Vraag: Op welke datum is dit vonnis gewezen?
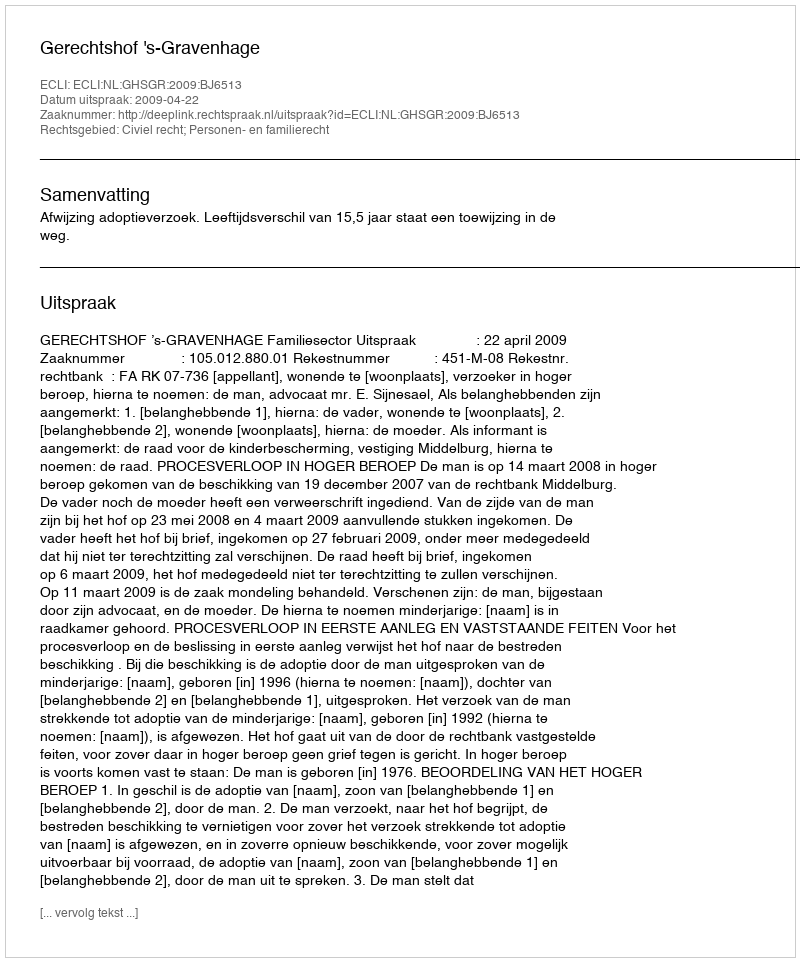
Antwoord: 2009-04-22